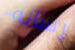
رساله